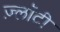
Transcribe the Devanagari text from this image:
ज़्लॉटी